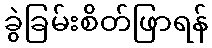
ခွဲခြမ်းစိတ်ဖြာရန်